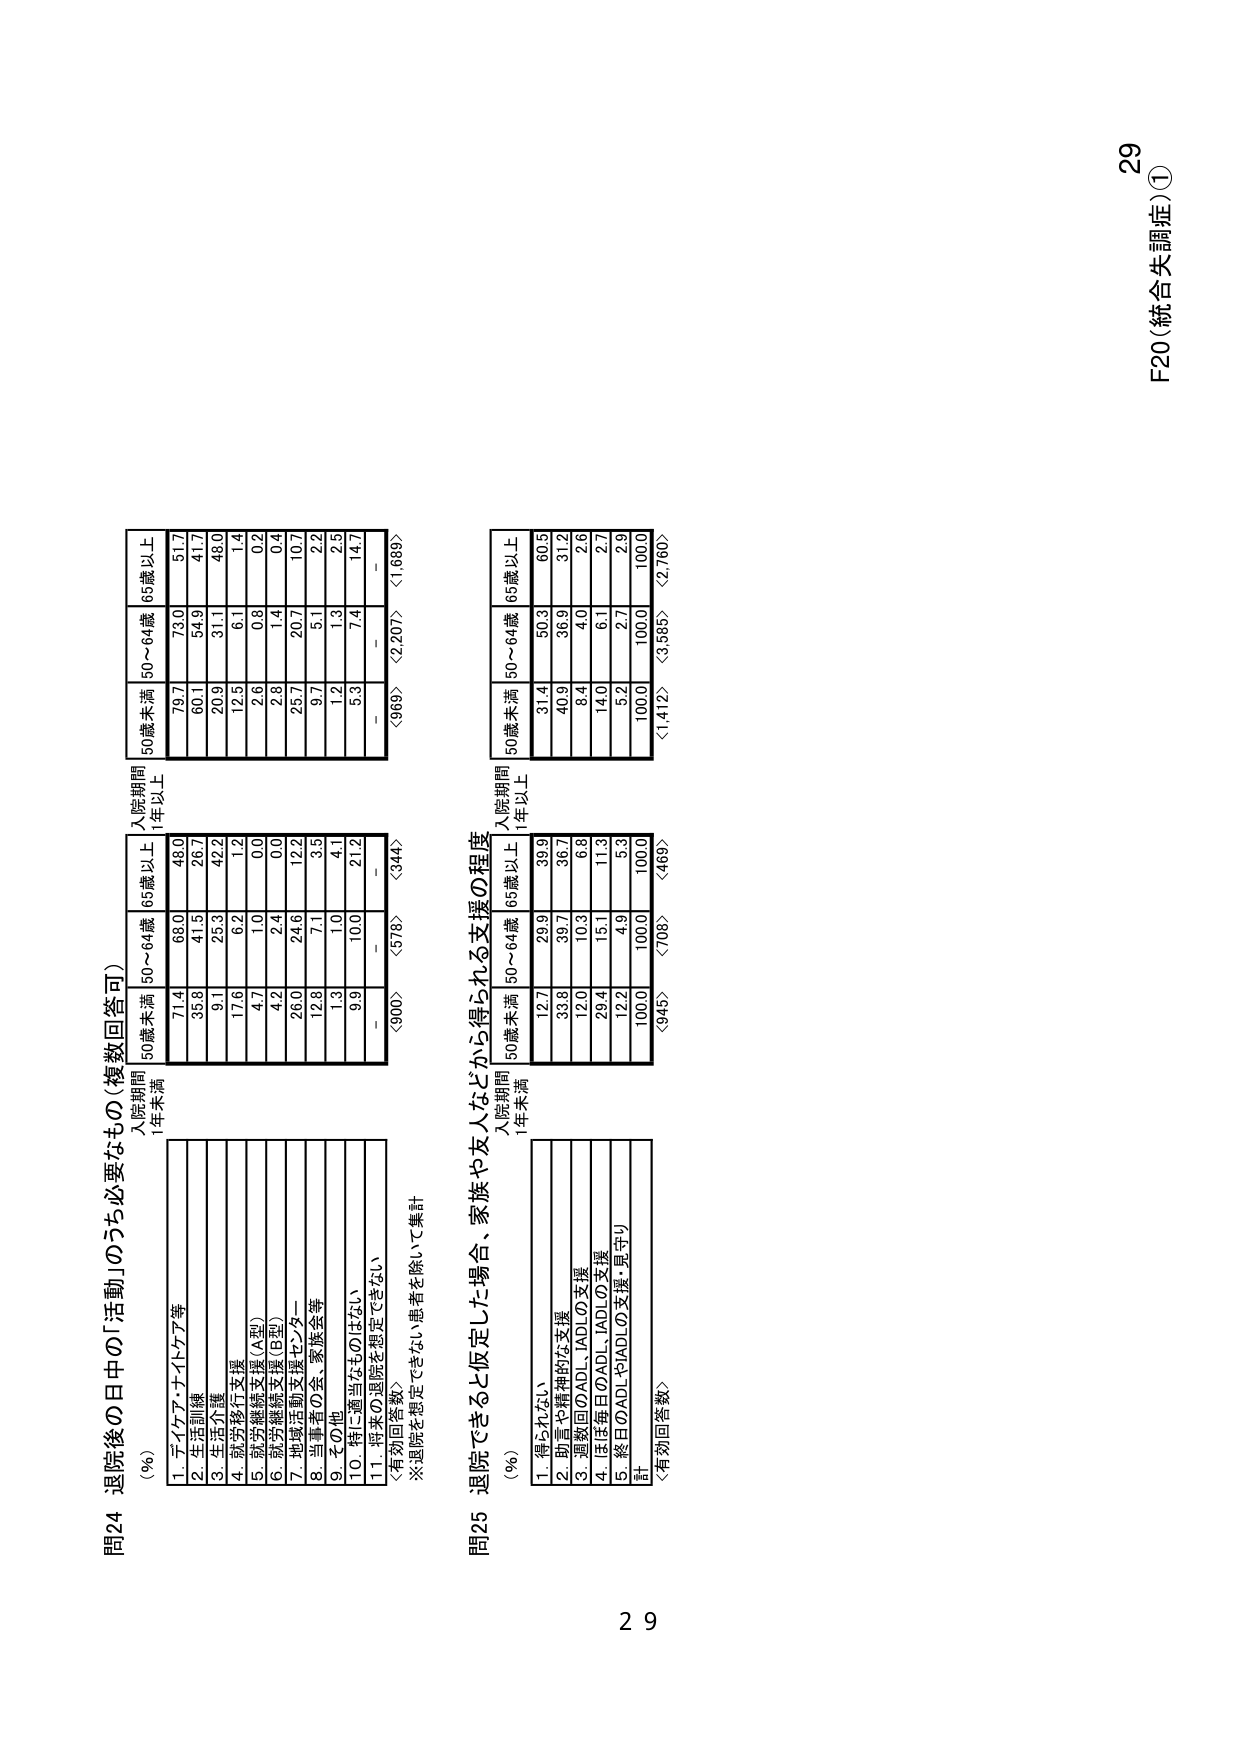
問24 退院後の日中の「活動」のうち必要なものは（複数回答可）
（％）
入院期間
1年未満
入院期間
1年以上
50歳未満
50～64歳
65歳以上
50歳未満
50～64歳
65歳以上
1. デイケア・デイナイトケア等
71.4
68.0
48.0
79.7
73.0
51.7
2. 生活訓練
35.8
41.5
26.7
60.1
54.9
41.7
3. 生活介護
9.1
25.3
42.2
20.9
31.1
48.0
4. 就労移行支援
17.6
6.2
1.2
12.5
6.1
1.4
5. 就労継続支援（A型）
4.7
1.0
0.0
2.6
0.8
0.2
6. 就労継続支援（B型）
4.2
2.4
0.0
2.8
1.4
0.4
7. 地域活動支援センター
26.0
24.6
12.2
25.7
20.7
10.7
8. 当事者の会、家族会等
12.8
7.1
3.5
9.7
5.1
2.2
9. その他
1.3
1.0
4.1
1.2
1.3
2.5
10. 将来に該当をものはない
9.9
10.0
21.2
5.3
7.4
14.7
11. 将来の退院を想定できない
－
－
－
－
－
－
〈有効回答数〉
〈900〉
〈578〉
〈344〉
〈969〉
〈2,207〉
〈1,688〉
※退院を想定できない患者を除いて集計

問25 退院できると仮定した場合、家族や友人などから得られる支援の程度
（％）
入院期間
1年未満
入院期間
1年以上
50歳未満
50～64歳
65歳以上
50歳未満
50～64歳
65歳以上
1. 得られない
12.7
29.9
39.9
31.4
50.3
60.5
2. 助言や精神的な支援
33.8
39.7
36.7
40.9
36.9
31.2
3. 週数回のADL、IADLの支援
12.0
10.3
6.8
8.4
4.0
2.6
4. ほぼ毎日のADL、IADLの支援
26.4
15.1
11.3
14.0
6.1
2.7
5. 終日のADLやIADLの支援・見守り
12.2
4.9
5.3
5.2
2.7
2.9
計
100.0
100.0
100.0
100.0
100.0
100.0
〈有効回答数〉
〈945〉
〈708〉
〈469〉
〈1,412〉
〈3,585〉
〈2,760〉

29
F20（統合失調症）①